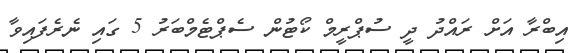
އިބްރާ އަށް ރައްދު ދީ ސުޕްރީމް ކޯޓުން ސެޕްޓެމްބަރު 5 ގައި ނެރެފައިވާ